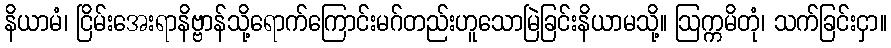
နိယာမံ၊ ငြိမ်းအေးရာနိဗ္ဗာန်သို့ရောက်ကြောင်းမဂ်တည်းဟူသောမြဲခြင်းနိယာမသို့။ ဩက္ကမိတုံ၊ သက်ခြင်းငှာ။